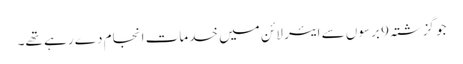
جو گزشتہ 9 برسوں سے ایئر لائن میں خدمات انجام دے رہے تھے۔